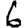
Digit: 6